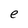
Character: e